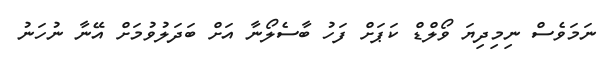
ނަމަވެސް ނިމިދިޔަ ވޯލްޑް ކަޕަށް ފަހު ބާސެލޯނާ އަށް ބަދަލުވުމަށް އޭނާ ނުހަނު